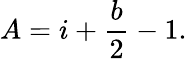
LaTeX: A=i+{\frac{b}{2}}-1.